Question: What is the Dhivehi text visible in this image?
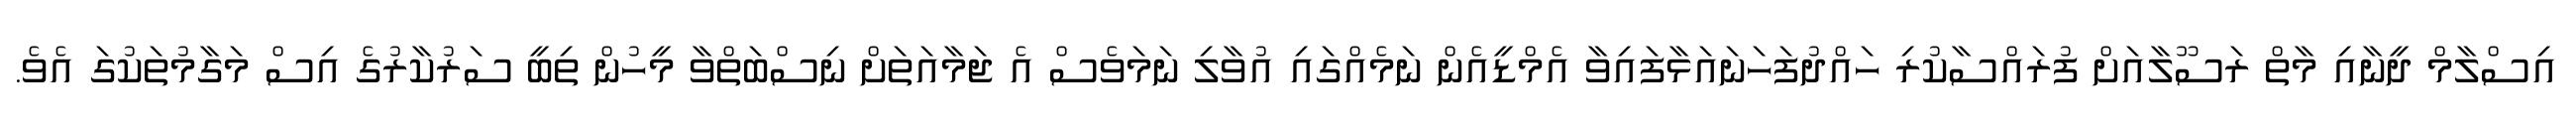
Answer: އިސްލާމް ދީނާއި މާތް ރަސޫލާއަށް ފުރައްސާކުރި ހައްދުފަހަނައަޅާފައިވާ އެމްޑީއެން ނަމެއްގައި އުވާލި ނަމަވެސް އެ ޖަމާއަތަށް ނިސްބަތްވާ މީހުން ތިބީ ސަރުކާރުގެ އިސް މަގާމުތަކުގަ އެވެ.